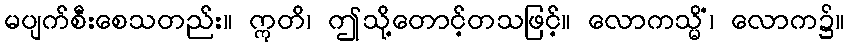
မပျက်စီးစေသတည်း။ ဣတိ၊ ဤသို့တောင့်တသဖြင့်။ လောကသ္မိံ၊ လောက၌။